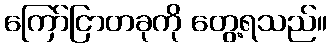
ကြော်ငြာတခုကို တွေ့ရသည်။